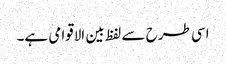
اسی طرح سے لفظ بین الاقوامی ہے۔